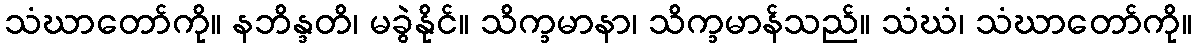
သံဃာတော်ကို။ နဘိန္ဒတိ၊ မခွဲနိုင်။ သိက္ခမာနာ၊ သိက္ခမာန်သည်။ သံဃံ၊ သံဃာတော်ကို။